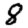
Digit: 8